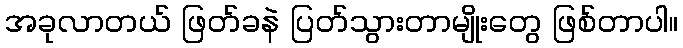
အခုလာတယ် ဖြတ်ခနဲ ပြတ်သွားတာမျိုးတွေ ဖြစ်တာပါ။